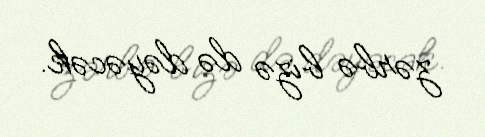
zərbə bizə də dəyəcək.